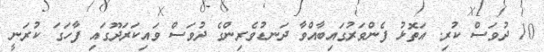
10 ދުވަސް ކުރި. އަތޮޅު ފެންވަރުގައިބާއްވާ ދަނޑުވެރިންގެ ދުވަސް ވައިކަރަދޫގައި ފާހަގަ ކުރަނީ